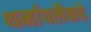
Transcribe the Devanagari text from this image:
थर्मापलैकडे